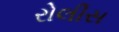
રોલીસ